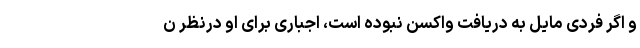
و اگر فردی مایل به دریافت واکسن نبوده است، اجباری برای او درنظر ن